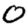
Digit: 0